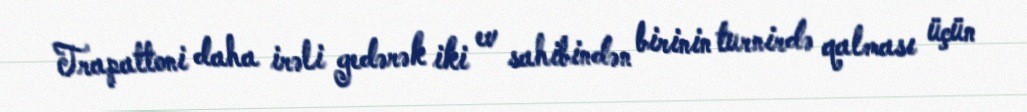
Trapattoni daha irəli gedərək iki ev sahibindən birinin turnirdə qalması üçün